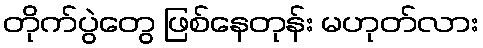
တိုက်ပွဲတွေ ဖြစ်နေတုန်း မဟုတ်လား